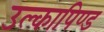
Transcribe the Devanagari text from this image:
उल्‍कापिण्‍ड